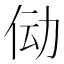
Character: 𫢙